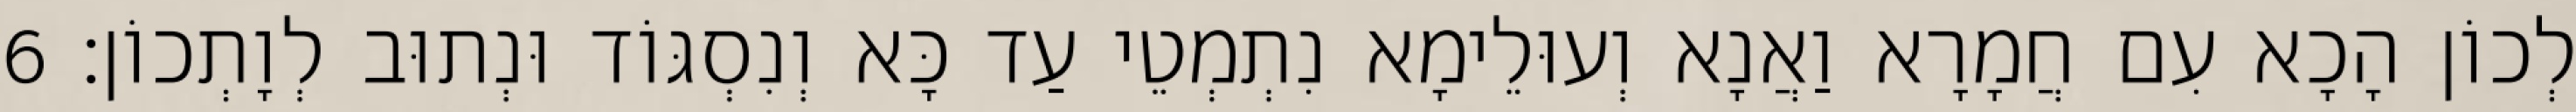
לְכוֹן הָכָא עִם חֲמָרָא וַאֲנָא וְעוּלֵימָא נִתְמְטֵי עַד כָּא וְנִסְגּוֹד וּנְתוּב לְוָתְכוֹן׃ 6